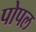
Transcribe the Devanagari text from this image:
पोपल